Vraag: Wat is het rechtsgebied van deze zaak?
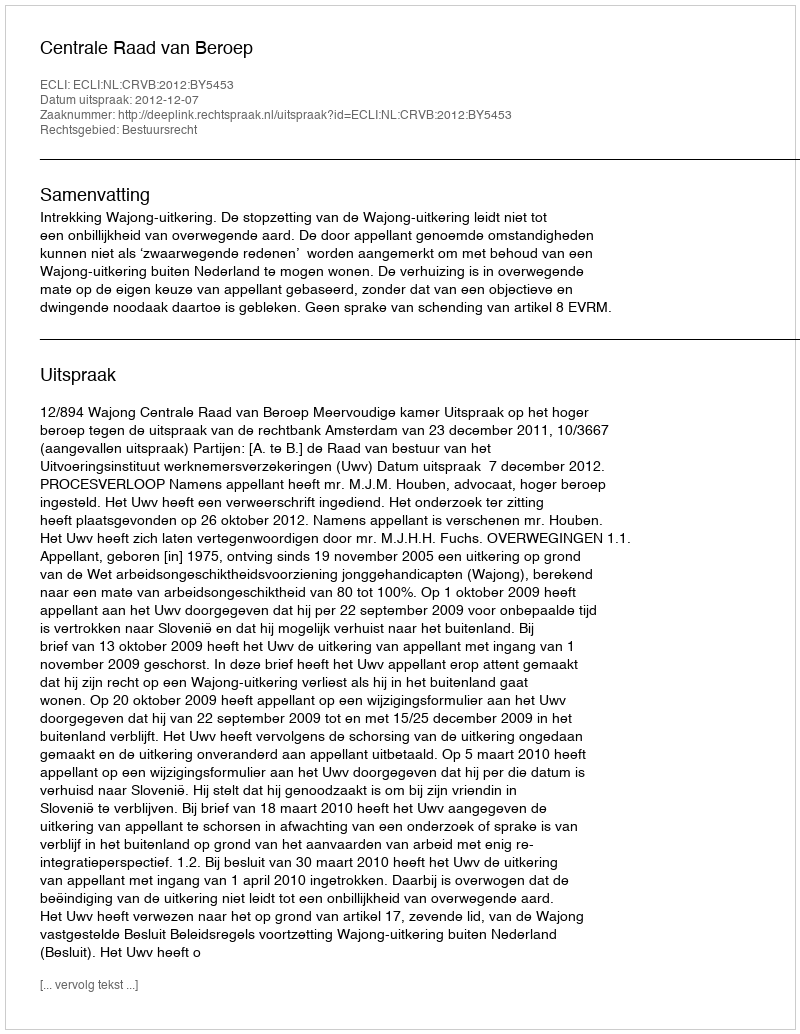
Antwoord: Bestuursrecht